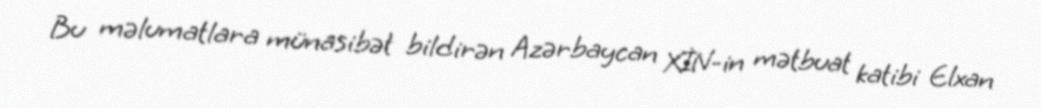
Bu məlumatlara münasibət bildirən Azərbaycan XİN-in mətbuat katibi Elxan